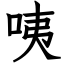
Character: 咦